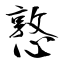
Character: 憝